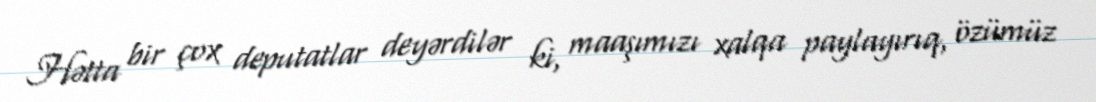
Hətta bir çox deputatlar deyərdilər ki, maaşımızı xalqa paylayırıq, özümüz